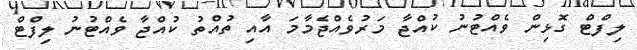
ލިފްޓް ގޮޅިން ވެއްޓުނު ކުއްޖާ މަރުވެއްޖެމާމަ އާއި ތުއްތު ކުއްޖާ ވެއްޓުނު ލިފްޓް